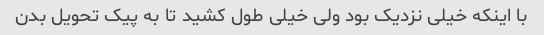
با اینکه خیلی نزدیک بود ولی خیلی طول کشید تا به پیک تحویل بدن